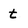
Character: t